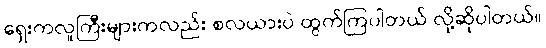
ရှေးကလူကြီးများကလည်း စလယားပဲ ထွက်ကြပါတယ် လို့ဆိုပါတယ်။